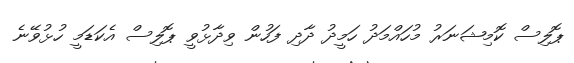
ޕޮލިސް ކޮމިޝަނަރު މުހައްމަދު ހަމީދު ދާދި ފަހުން ވިދާޅުވީ ޕޮލިސް އެކަޑަމީ ހުޅުވޭނެ